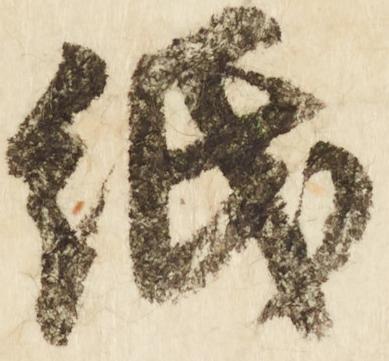
紙